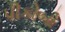
પીકોબો